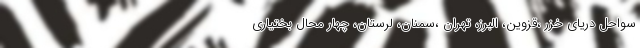
سواحل دریای خزر ،قزوین، البرز، تهران ،سمنان، لرستان، چهار محال بختیاری